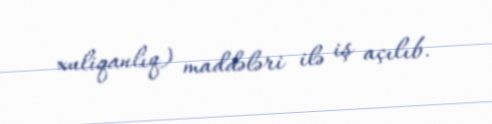
xuliqanlıq) maddələri ilə iş açılıb.